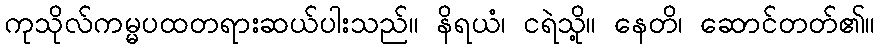
ကုသိုလ်ကမ္မပထတရားဆယ်ပါးသည်။ နိရယံ၊ ငရဲသို့။ နေတိ၊ ဆောင်တတ်၏။